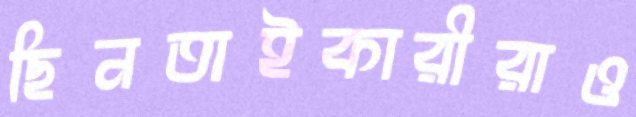
ছিনতাইকারীরাও